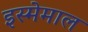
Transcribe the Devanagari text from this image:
इस्मेमाल